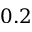
0 . 2